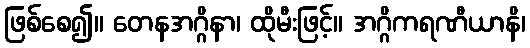
ဖြစ်စေ၍။ တေနအဂ္ဂိနာ၊ ထိုမီးဖြင့်။ အဂ္ဂိကရဏီယာနိ၊